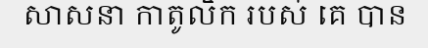
សាសនា កាតូលិក របស់ គេ បាន